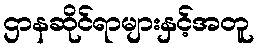
ဌာနဆိုင်ရာများနှင့်အတူ